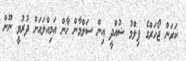
ކަރަން ޖޯހަރްގެ ފިލްމު ޝުއްދީ އިން ސަލްމާން ޚާން އަމިއްލައަށް ދުރުވީ ނޫން